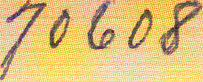
70608